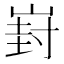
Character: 崶